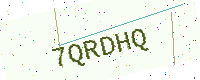
Text: 7QRDHQ